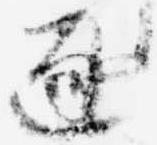
逐